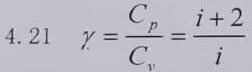
\[ 4.21 \quad \gamma=\frac{C_{p}}{C_{v}}=\frac{i + 2}{i} \]